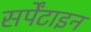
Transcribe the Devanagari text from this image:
सर्पेंटाइन